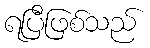
ရပြီဖြစ်သည်